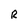
Character: R